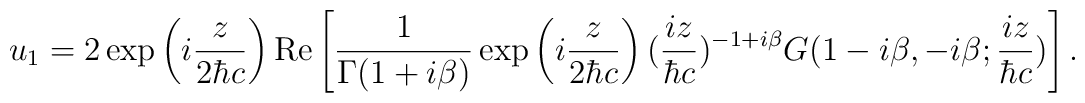
u_1 = 2\exp\left( i\frac{z}{2{\hbar}c} \right) {\rm Re}\left[ \frac{1}{{\Gamma}(1+i{\beta})} \exp\left( i\frac{z}{2{\hbar}c} \right) (\frac{iz}{{\hbar}c})^{-1+i{\beta}} G(1-i{\beta}, -i{\beta}; \frac{iz}{{\hbar}c} ) \right] .